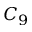
C _ { 9 }